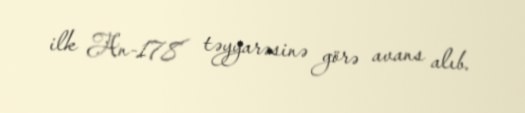
ilk An-178 təyyarəsinə görə avans alıb.